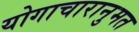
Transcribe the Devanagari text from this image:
योगाचारानुमत